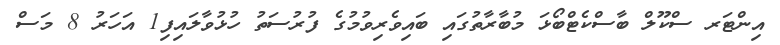
އިންޓަރ ސްކޫލް ބާސްކެޓްބޯޅަ މުބާރާތުގައި ބައިވެރިވުމުގެ ފުރުސަތު ހުޅުވާލައިފި1 އަހަރު 8 މަސް